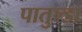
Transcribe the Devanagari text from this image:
पातुल्डा